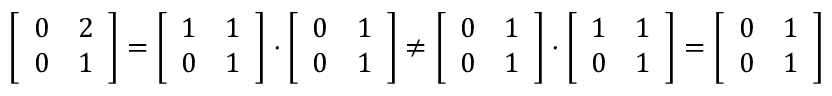
{ \left[ \begin{array} { l l } { 0 } & { 2 } \\ { 0 } & { 1 } \end{array} \right] } = { \left[ \begin{array} { l l } { 1 } & { 1 } \\ { 0 } & { 1 } \end{array} \right] } \cdot { \left[ \begin{array} { l l } { 0 } & { 1 } \\ { 0 } & { 1 } \end{array} \right] } \neq { \left[ \begin{array} { l l } { 0 } & { 1 } \\ { 0 } & { 1 } \end{array} \right] } \cdot { \left[ \begin{array} { l l } { 1 } & { 1 } \\ { 0 } & { 1 } \end{array} \right] } = { \left[ \begin{array} { l l } { 0 } & { 1 } \\ { 0 } & { 1 } \end{array} \right] }